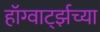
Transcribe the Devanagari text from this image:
हॉग्वार्ट्झच्या